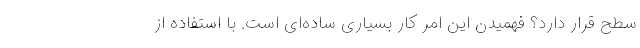
سطح قرار دارد؟ فهمیدن این امر کار بسیاری ساده‌ای است. با استفاده از